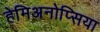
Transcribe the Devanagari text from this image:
हेमिअनोप्सिया